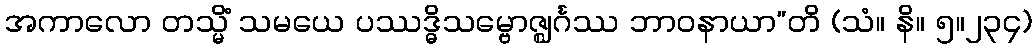
အကာလော တသ္မိံ သမယေ ပဿဒ္ဓိသမ္ဗောဇ္ဈင်္ဂဿ ဘာဝနာယာ”တိ (သံ။ နိ။ ၅။၂၃၄)